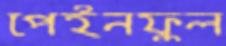
পেইনফুল